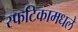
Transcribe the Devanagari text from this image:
स्फटिकामधले